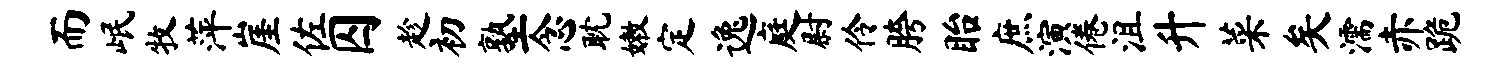
而岷牧萍崖佐囚趁初塾念耽嫩定逸庭尉伶胯眙庶演倦沮升菜矣濡赤跪